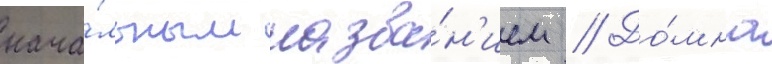
нача́льным назва́н'ием // До́мна